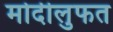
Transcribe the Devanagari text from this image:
मोदीलुफत